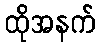
ထိုအနက်